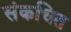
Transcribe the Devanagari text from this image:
संकचित